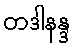
တဒါနန္ဒ